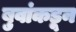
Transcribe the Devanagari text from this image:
बुवांकडून